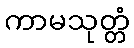
ကာမသုတ္တံ